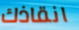
انقاذك